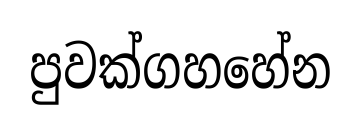
පුවක්ගහහේන